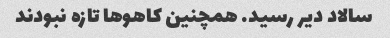
سالاد دیر رسید. همچنین کاهو‌ها تازه نبودند